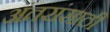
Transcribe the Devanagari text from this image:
अंतरांसाठी